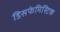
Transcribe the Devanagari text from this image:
डिसफेमिस्टिक